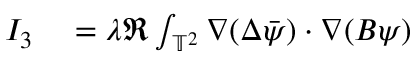
\begin{array} { r l } { I _ { 3 } } & { { } = \lambda \Re \int _ { \mathbb { T } ^ { 2 } } \nabla ( \Delta \Bar { \psi } ) \cdot \nabla ( B \psi ) } \end{array}